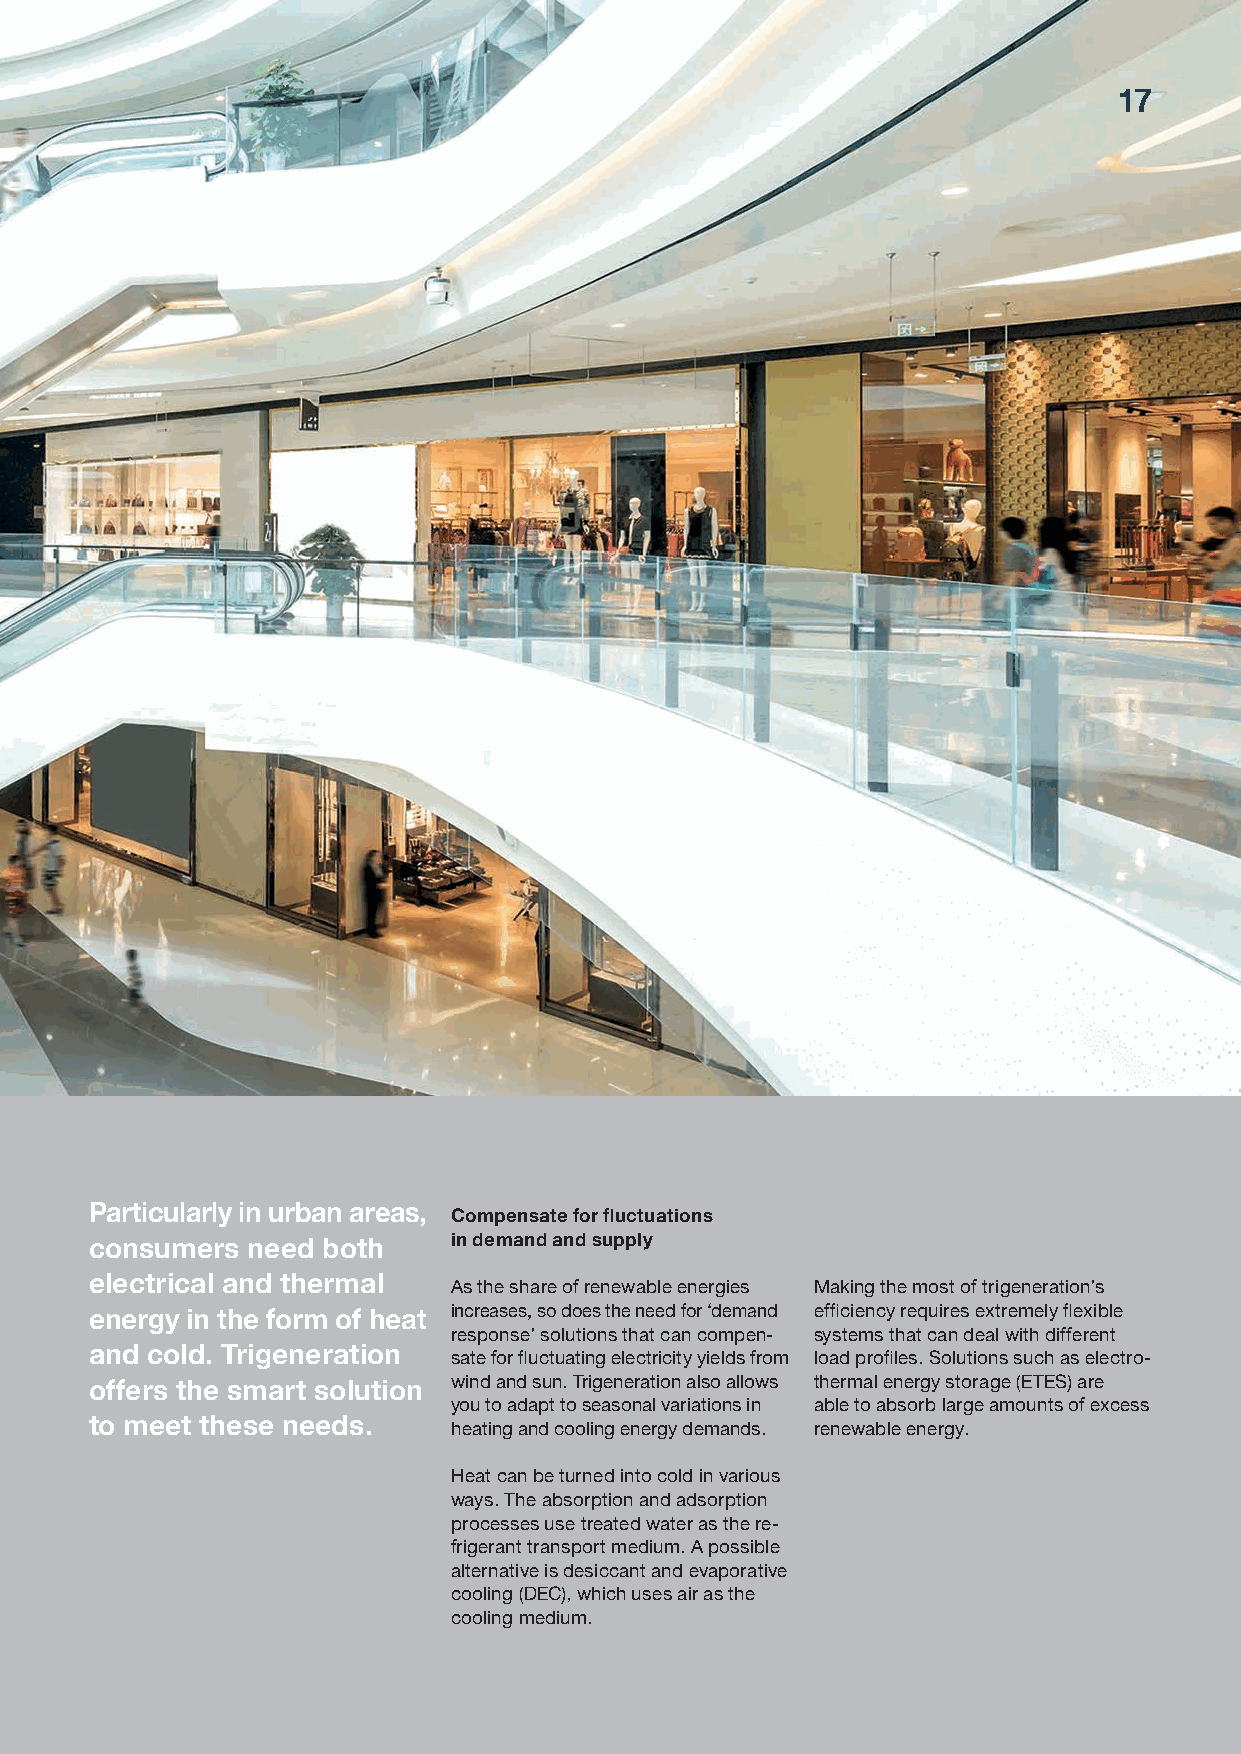
17
 Particularly in urban areas, Compensate for fluctuations
 in demand and supply
 consumers need both
 electrical and thermal  As the share of renewable energies Making the most of trigeneration’s
 increases, so does the need for ‘demand efficiency requires extremely flexible
 energy in the form of heat
 response’ solutions that can compen- systems that can deal with different
 and cold. Trigeneration sate for fluctuating electricity yields from load profiles. Solutions such as electro-
 wind and sun. Trigeneration also allows thermal energy storage (ETES) are
 offers the smart solution
 you to adapt to seasonal variations in able to absorb large amounts of excess
 to meet these needs.    heating and cooling energy demands. renewable energy.
 Heat can be turned into cold in various
 ways. The absorption and adsorption
 processes use treated water as the re-
 frigerant transport medium. A possible
 alternative is desiccant and evaporative
 cooling (DEC), which uses air as the
 cooling medium.